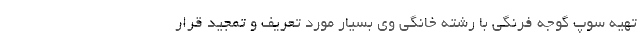
تهیه سوپ گوجه فرنگی با رشته خانگی وی بسیار مورد تعریف و تمجید قرار